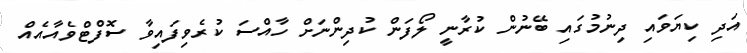
އަދި ކިޔަވައި ދިނުމުގައި ބޭނުން ކުރާނީ ލޯފަން ކުދިންނަށް ހާއްސަ ކުރެވިފައިވާ ސޮފްޓްވެއާއެއް